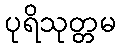
ပုရိသုတ္တမ